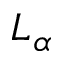
L _ { \alpha }